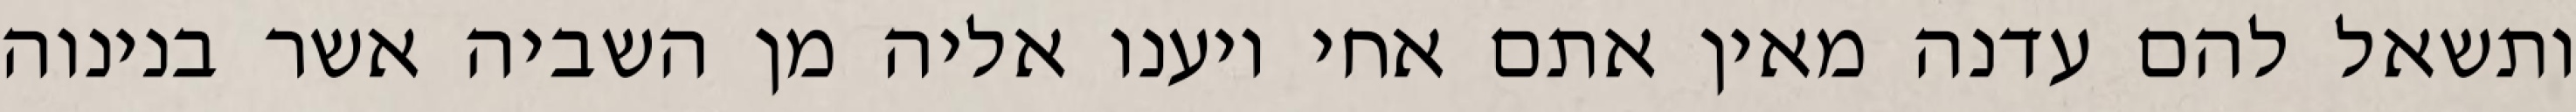
ותשאל להם עדנה מאין אתם אחי ויענו אליה מן השביה אשר בנינוה